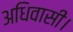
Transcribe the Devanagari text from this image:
अधिवासी।